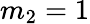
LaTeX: m_{2}=1